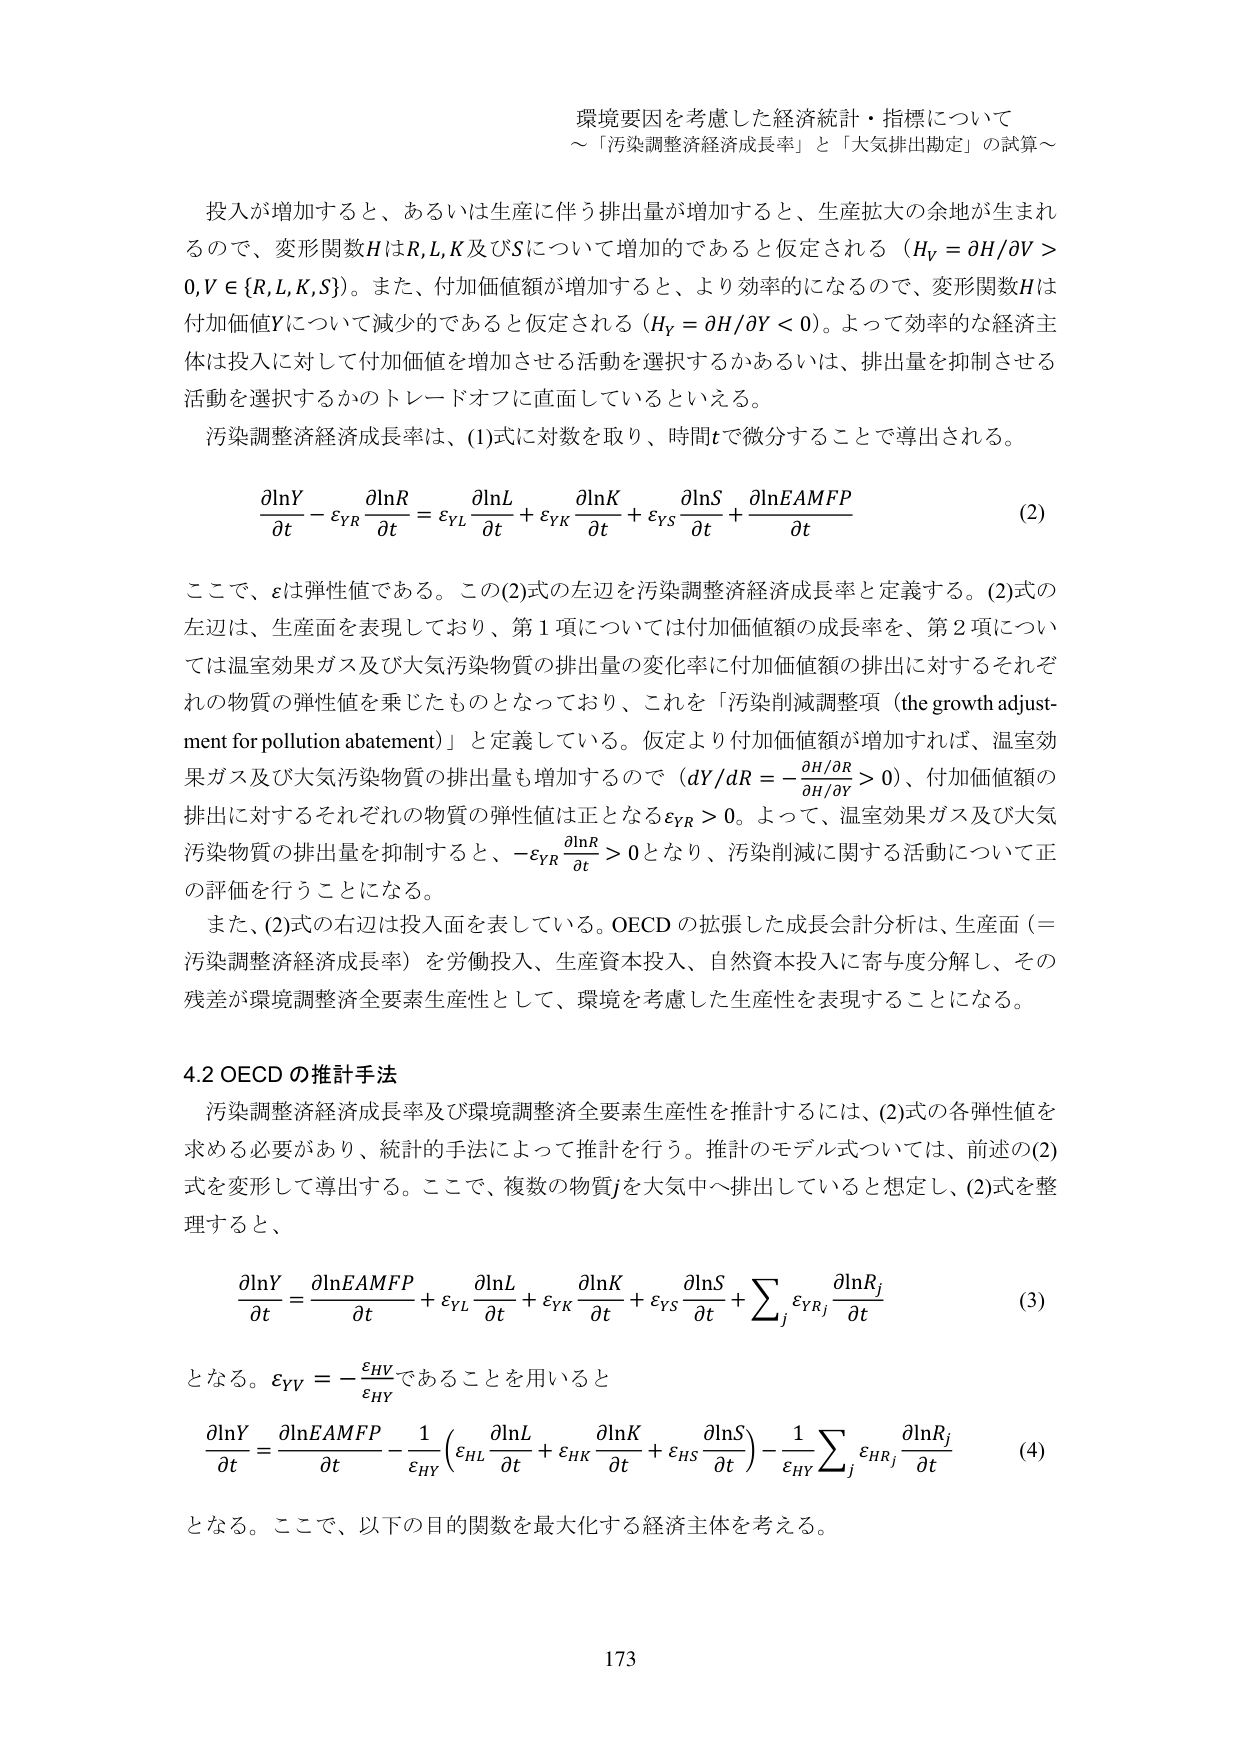
環境要因を考慮した経済統計・指標について
～「汚染調整経済成長率」と「大気排出勘定」の試算～

投入が増加すると、あるいは生産に伴う排出量が増加すると、生産拡大の余地が生まれるので、変形関数HはR,L,K及びSについて増加的であると仮定される（H_V = ∂H/∂V > 0, V ∈ {R,L,K,S}）。また、付加価値額が増加すると、より効率的になるので、変形関数Hは付加価値Yについて減少的であると仮定される（H_Y = ∂H/∂Y < 0）。よって効率的な経済主体は投入に対して付加価値を増加させる活動を選択するかあるいは、排出量を抑制させる活動を選択するかのトレードオフに直面しているといえる。

汚染調整経済成長率は、(1)式に対数を取り、時間tで微分することで導出される。

∂lnY/∂t − ε_YR ∂lnR/∂t = ε_YL ∂lnL/∂t + ε_YK ∂lnK/∂t + ε_YS ∂lnS/∂t + ∂lnEAMFP/∂t  (2)

ここで、εは弾性値である。この(2)式の左辺を汚染調整経済成長率と定義する。(2)式の左辺は、生産面を表現しており、第1項については付加価値額の成長率を、第2項については温室効果ガス及び大気汚染物質の排出量の変化率に付加価値額の排出に対するそれぞれの物質の弾性値を乗じたものとなっており、これを「汚染削減調整項（the growth adjustment for pollution abatement）」と定義している。仮定より付加価値額が増加すれば、温室効果ガス及び大気汚染物質の排出量も増加するので（dY/dR = −(∂H/∂R)/(∂H/∂Y) > 0）、付加価値額の排出に対するそれぞれの物質の弾性値は正となるε_YR > 0。よって、温室効果ガス及び大気汚染物質の排出量を抑制すると、−ε_YR ∂lnR/∂t > 0となり、汚染削減に関する活動について正の評価を行うことになる。

また、(2)式の右辺は投入面を表している。OECDの拡張した成長会計分析は、生産面（＝汚染調整経済成長率）を労働投入、生産資本投入、自然資本投入に寄与度分解し、その残差が環境調整済全要素生産性として、環境を考慮した生産性を表現することになる。

4.2 OECDの推計手法

汚染調整経済成長率及び環境調整済全要素生産性を推計するには、(2)式の各弾性値を求める必要があり、統計的手法によって推計を行う。推計のモデル式については、前述の(2)式を変形して導出する。ここで、複数の物質jを大気中へ排出していると想定し、(2)式を整理すると、

∂lnY/∂t = ∂lnEAMFP/∂t + ε_YL ∂lnL/∂t + ε_YK ∂lnK/∂t + ε_YS ∂lnS/∂t + Σ_j ε_YR_j ∂lnR_j/∂t  (3)

となる。ε_YV = −ε_HV/ε_HYであることを用いると

∂lnY/∂t = ∂lnEAMFP/∂t − (1/ε_HY)(ε_HL ∂lnL/∂t + ε_HK ∂lnK/∂t + ε_HS ∂lnS/∂t) − (1/ε_HY) Σ_j ε_HR_j ∂lnR_j/∂t  (4)

となる。ここで、以下の目的関数を最大化する経済主体を考える。

173